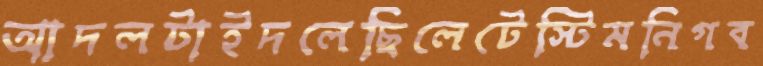
আদলটাইদলেছিলেটেস্টিমনিগব